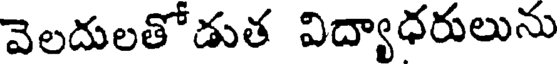
వెలదులతోడుత విద్యాధరులును